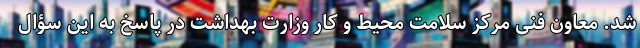
شد. معاون فنی مرکز سلامت محیط و کار وزارت بهداشت در پاسخ به این سؤال